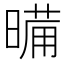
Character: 𭧉